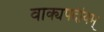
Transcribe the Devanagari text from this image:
वाक्यपदीयम्